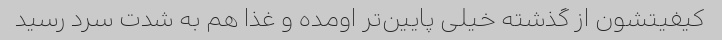
کیفیتشون از گذشته خیلی پایین‌تر اومده و غذا هم به شدت سرد رسید